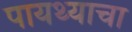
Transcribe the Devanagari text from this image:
पायथ्याचा